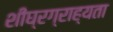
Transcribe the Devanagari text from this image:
शीघ्रग्राह्यता